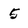
Character: 5